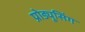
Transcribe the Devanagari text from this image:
प्रोड्यूसिंग